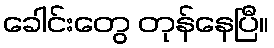
ခေါင်းတွေ တုန်နေပြီ။